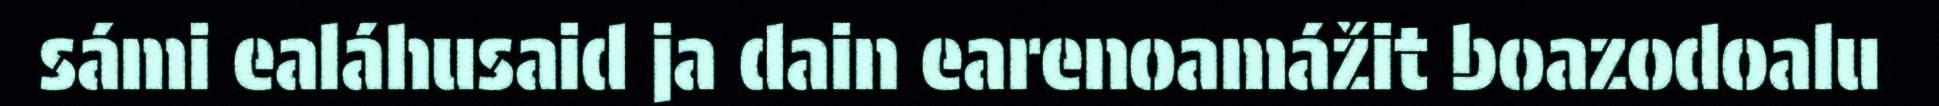
sámi ealáhusaid ja dain earenoamážit boazodoalu